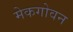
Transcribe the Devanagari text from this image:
मेकगोवन